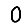
Digit: 0